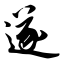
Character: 遂